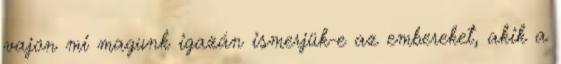
vajon mi magunk igazán ismerjük-e az embereket, akik a